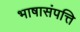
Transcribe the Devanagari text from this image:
भाषासंपत्ति